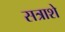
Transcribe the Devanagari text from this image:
सत्राशे